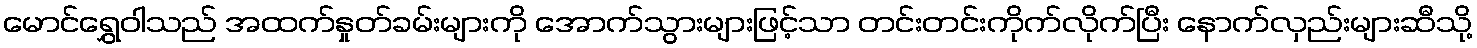
မောင်ရွှေဝါသည် အထက်နှုတ်ခမ်းများကို အောက်သွားများဖြင့်သာ တင်းတင်းကိုက်လိုက်ပြီး နောက်လှည်းများဆီသို့